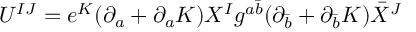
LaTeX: U ^ { I J } = e ^ { K } ( \partial _ { a } + \partial _ { a } K ) X ^ { I } g ^ { a \bar { b } } ( \partial _ { \bar { b } } + \partial _ { \bar { b } } K ) \bar { X } ^ { J }